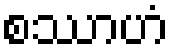
စဿာဟံ